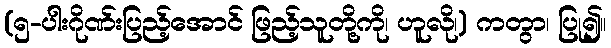
(၅-ပါးဂိုဏ်းပြည့်အောင် ဖြည့်သူတို့ကို၊ ဟူလို၊) ကတွာ၊ ပြု၍။